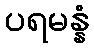
ပရမန္နံ